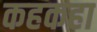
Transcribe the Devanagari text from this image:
कहकहा